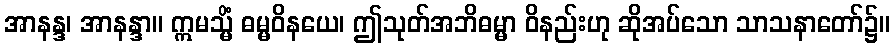
အာနန္ဒ၊ အာနန္ဒာ။ ဣမသ္မိံ ဓမ္မဝိနယေ၊ ဤသုတ်အဘိဓမ္မာ ဝိနည်းဟု ဆိုအပ်သော သာသနာတော်၌။